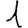
Digit: 1